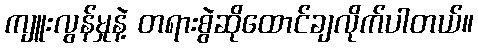
ကျူးလွန်မှုနဲ့ တရားစွဲဆိုထောင်ချလိုက်ပါတယ်။